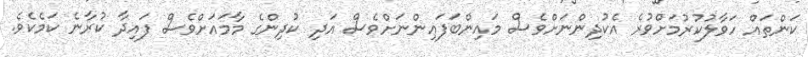
ކަންތައް ހަވާލުކުރުމަށްވުރެ އެކުދިންނަށްވެސް މައިންބަފައިންނަށްވެސް އަދި ކުދިންގެ މާމައަށްވެސް ފައިދާ ކުރާނެ ކަމެކެވެ.